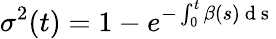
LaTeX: \sigma^{2}(t)=1-e^{-\int_{0}^{t}\beta(s)\mathrm{~d~s~}}